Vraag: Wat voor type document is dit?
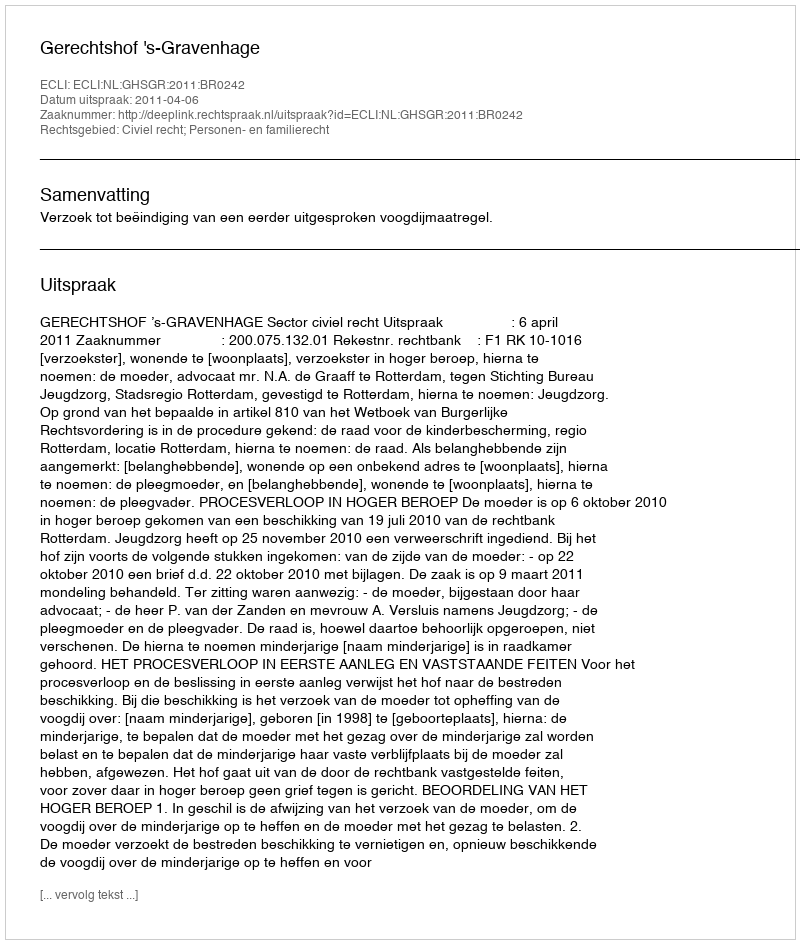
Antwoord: Uitspraak